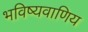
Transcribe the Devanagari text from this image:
भविष्यवाणिय